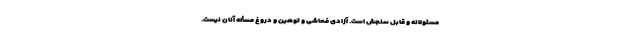
مسئولانه و قابل سنجش است. آزادی فحاشی و توهین و دروغ مسأله آنان نیست.